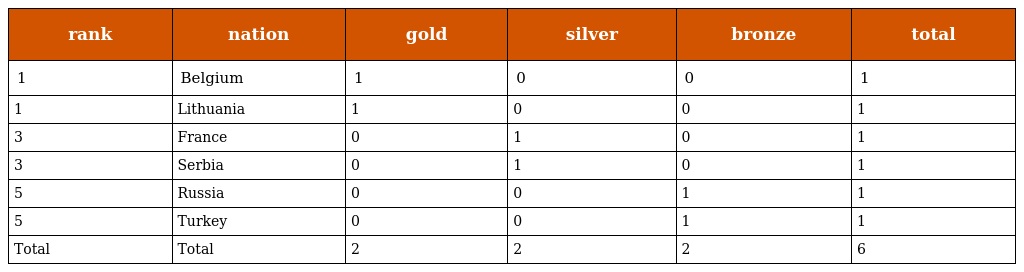
| rank | nation | gold | silver | bronze | total |
 | --- | --- | --- | --- | --- | --- |
 | 1 | Belgium | 1 | 0 | 0 | 1 |
 | 1 | Lithuania | 1 | 0 | 0 | 1 |
 | 3 | France | 0 | 1 | 0 | 1 |
 | 3 | Serbia | 0 | 1 | 0 | 1 |
 | 5 | Russia | 0 | 0 | 1 | 1 |
 | 5 | Turkey | 0 | 0 | 1 | 1 |
 | Total | Total | 2 | 2 | 2 | 6 |